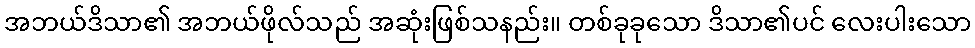
အဘယ်ဒိသာ၏ အဘယ်ဖိုလ်သည် အဆုံးဖြစ်သနည်း။ တစ်ခုခုသော ဒိသာ၏ပင် လေးပါးသော